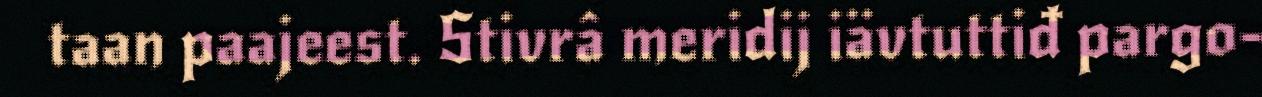
taan paajeest. Stivrâ meridij iävtuttiđ pargo-